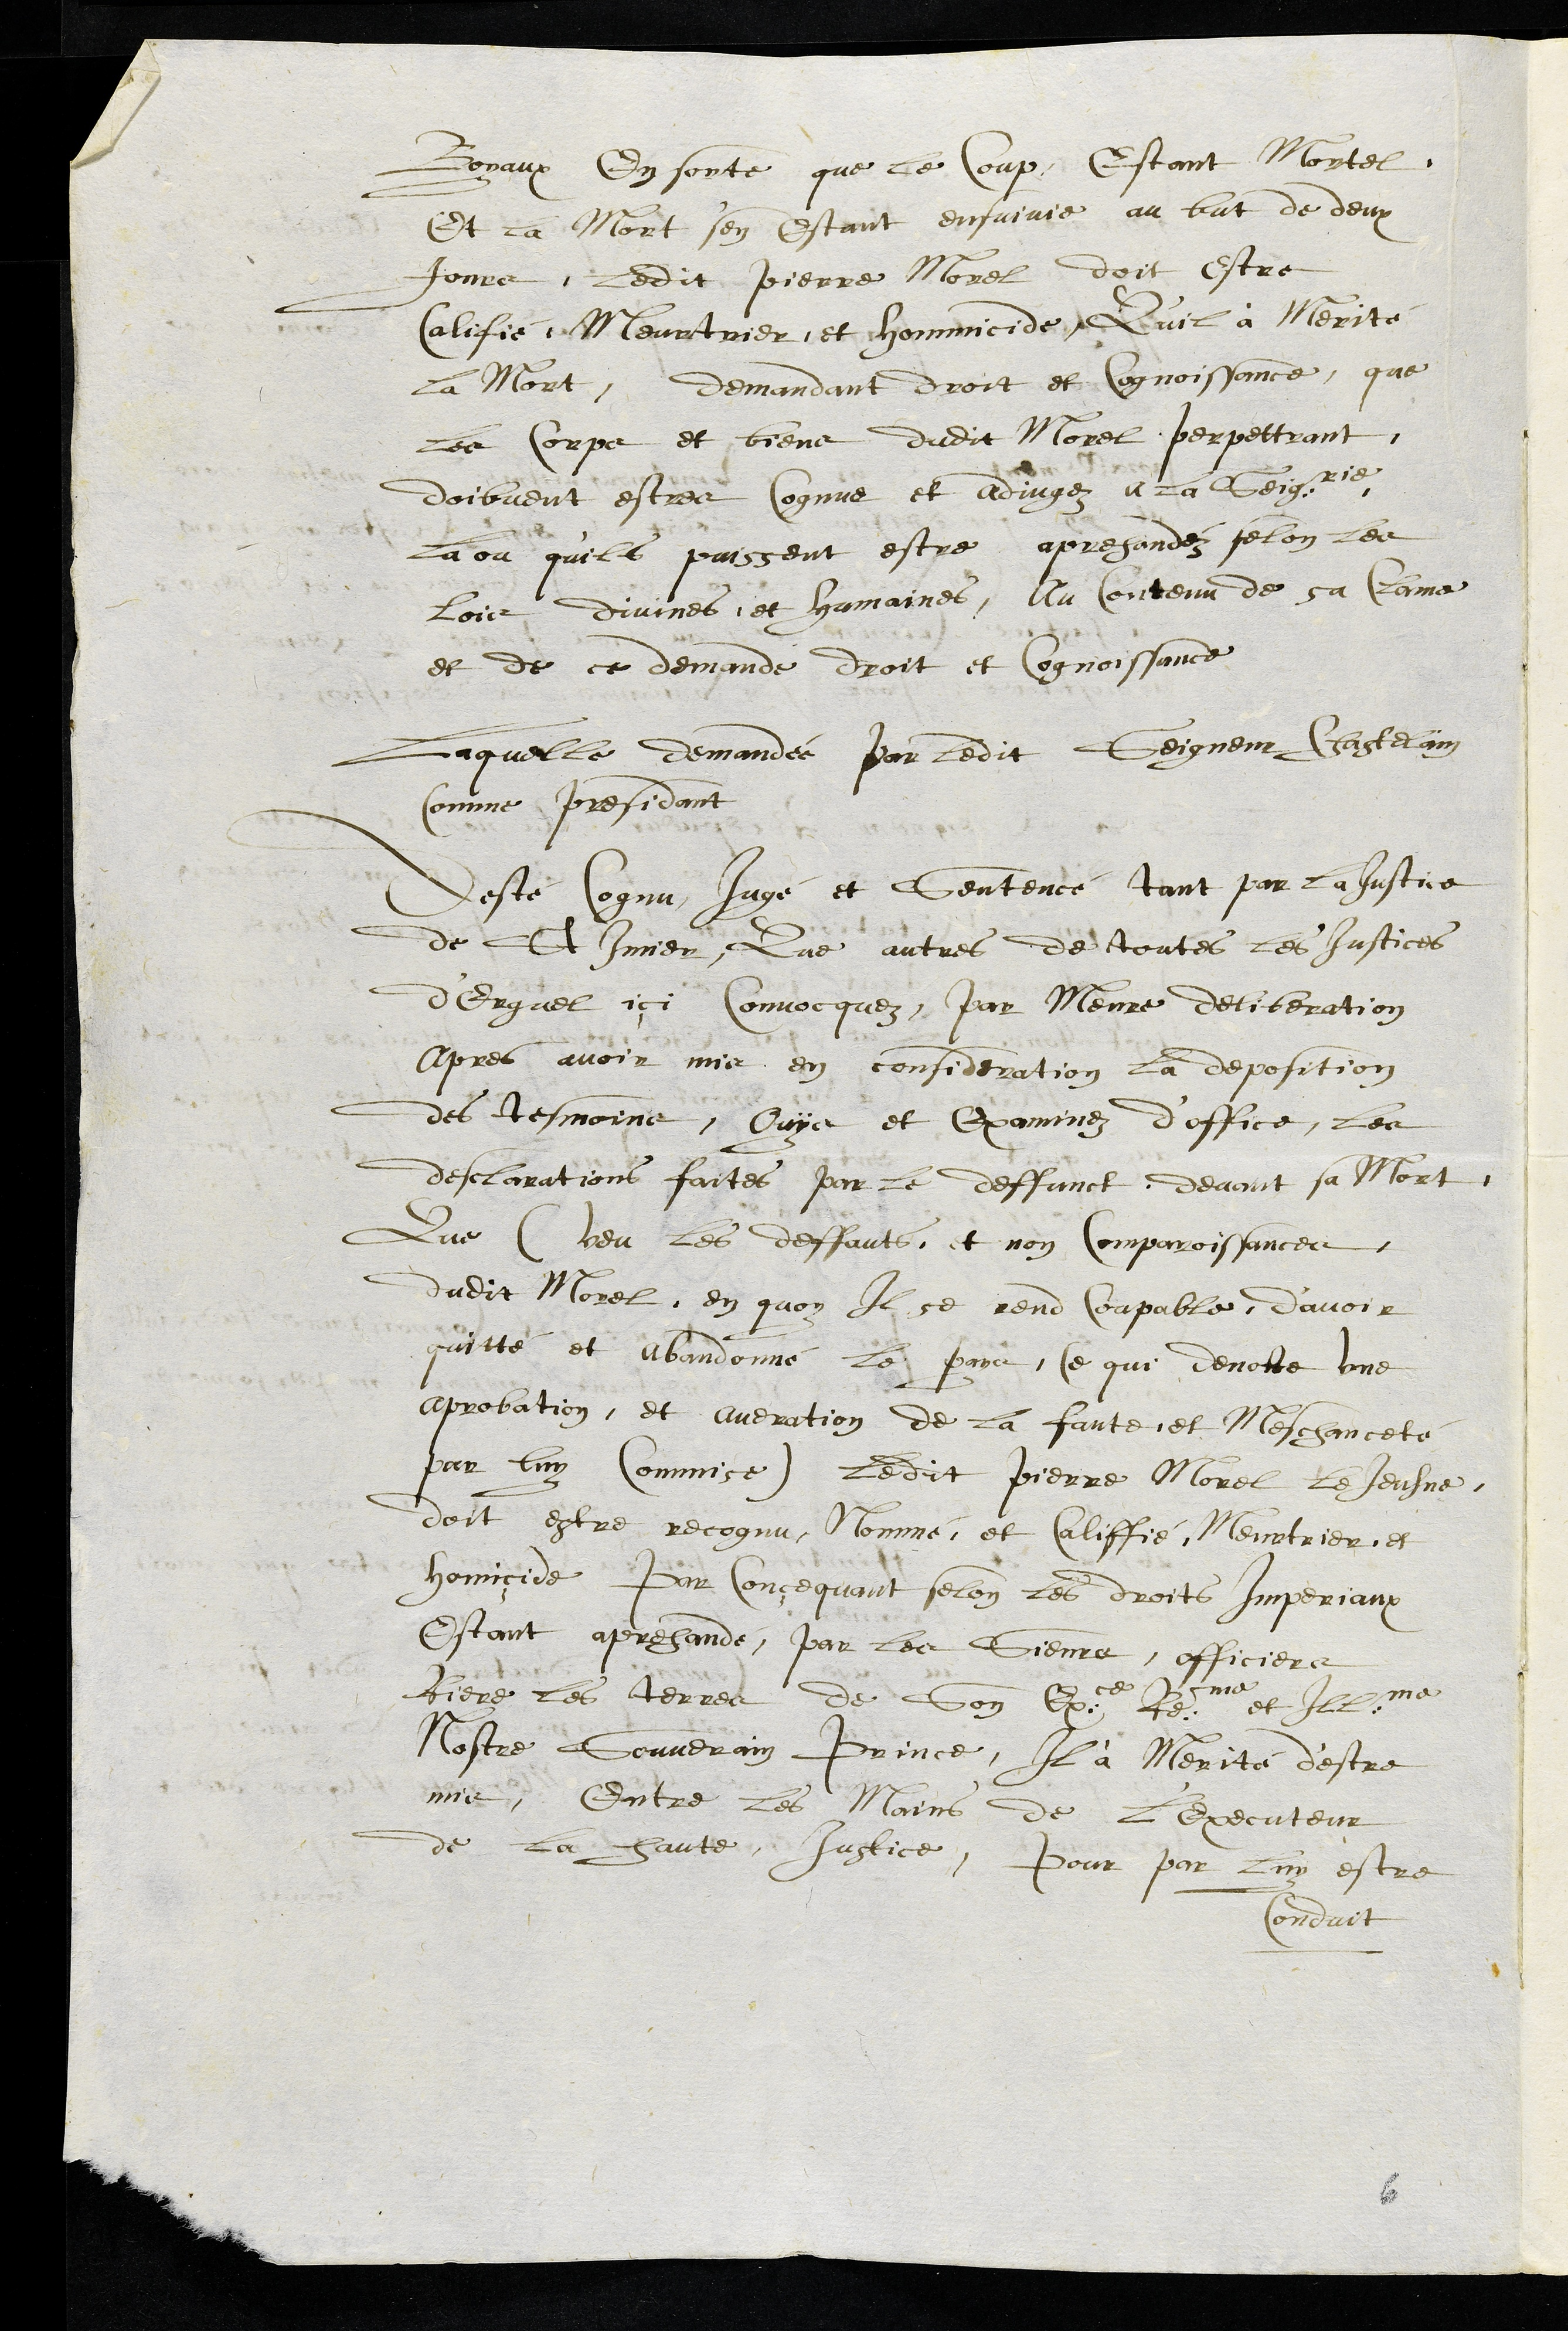
Boyaux En sorte que le Coup, Estant Mortel
Et la Mort s'en Estant ensuivie au but de deux
Jours, ledit Pierre Morel doit estre
Califié Meurtrier, et hommicide, Qu'il à Merité
La Mort, demandant droit et Cognoissance, que
les Corps et biens dudit Morel perpettrant
doibvent estre Cognus et adjugez a la Seigneurie
la ou qu'ils puissent estre aprehandéz selon les
lois divines et humaines, Au Contenu de sa Clame
et de ce demandé droit et Cognoissance
Laquelle demandée par ledit Seigneur Chastelain
Comme presidant
A esté Cognu Jugé et Sentencé, tant par la Justice
de St Imier, Que autres de toutes les Justices
d'Erguel içi Convocquez par Meure deliberation
apres avoir mis en consideration la deposition
des tesmoins, Ouye et Examinez d’office, les
desclarations faites par le deffunct, devant sa Mort
Que (veu les deffauts, et non Comparoissances
dudit Morel, en quoy Il se rend Coupable, d’avoir
quitté et abandonné le pays, Ce qui denotte une
aprobation, et averation de la faute, et Meschanceté
par luy commise) ledit Pierre Morel le Jeusne,
doit estre recognu, Nommé et Califfié Meurtrier, et
homiçide Par Conçequant selon les droit Imperiaux
Estant aprehandé, par les Sieurs, officiers
Riere les terres de Son Exce Reme et Illme
Nostre Souverain Prince, Il à Merité d'estre
mis, Entre les Mains de l'Executeur
de la haute Justice, pour par luy estre
Conduit
6